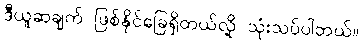
ဒီယူဆချက် ဖြစ်နိုင်ခြေရှိတယ်လို့ သုံးသပ်ပါတယ်။